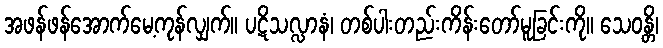
အဖန်ဖန်အောက်မေ့ကုန်လျှက်။ ပဋိသလ္လာနံ၊ တစ်ပါးတည်းကိန်းတော်မူခြင်းကို။ သေဝန္တိ၊